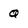
Character: Q